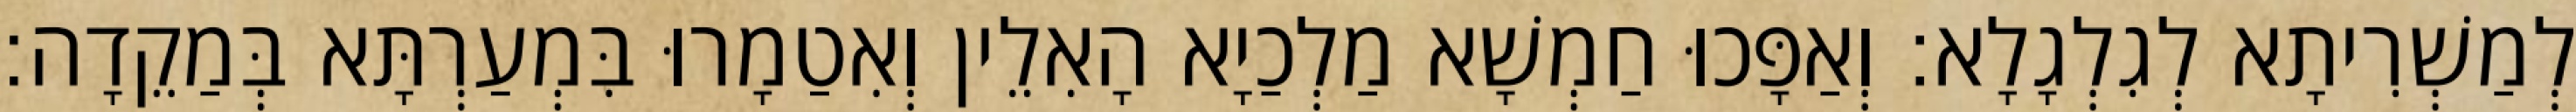
לְמַשְׁרִיתָא לְגִלְגָלָא׃ וְאַפָּכוּ חַמְשָׁא מַלְכַיָא הָאִלֵין וְאִטַמָרוּ בִּמְעַרְתָּא בְּמַקֵדָה׃